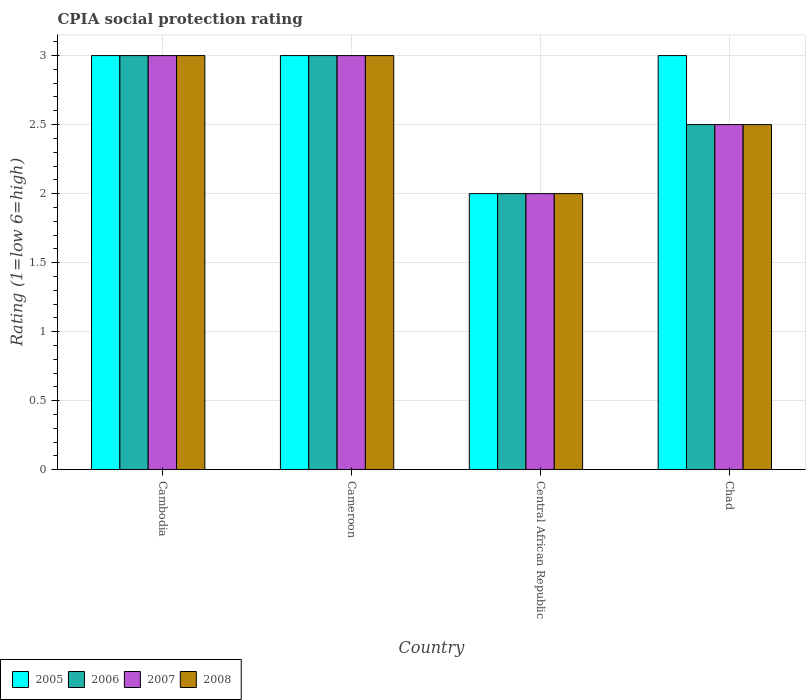
| Country | 2005 | 2006 | 2007 | 2008 |
 | --- | --- | --- | --- | --- |
 | Cambodia | 3 | 3 | 3 | 3 |
 | Cameroon | 3 | 3 | 3 | 3 |
 | Central African Republic | 2 | 2 | 2 | 2 |
 | Chad | 3 | 2.5 | 2.5 | 2.5 |